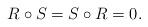
LaTeX: \begin{align*}R\circ S = S\circ R =0.\end{align*}